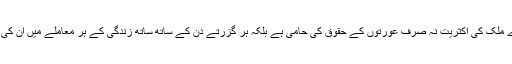
محدود چند واقعات کے علاوہ ہمارے ملک کی اکثریت نہ صرف عورتوں کے حقوق کی حامی ہے بلکہ ہر گزرتے دن کے ساتھ ساتھ زندگی کے ہر معاملے میں ان کی رائے کو اہمیت دی جانے لگی ہے۔